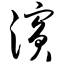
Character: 滨